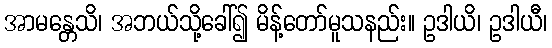
အာမန္တေသိ၊ အဘယ်သို့ခေါ်၍ မိန့်တော်မူသနည်း။ ဥဒါယိ၊ ဥဒါယီ၊